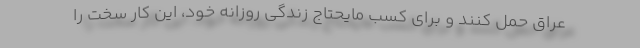
عراق حمل کنند و برای کسب مایحتاج زندگی روزانه خود، این کار سخت را